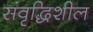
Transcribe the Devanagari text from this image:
संवृद्धिशील